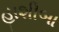
હાશીબા